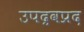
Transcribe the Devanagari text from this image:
उपद्रवप्रद